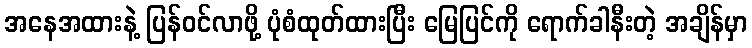
အနေအထားနဲ့ ပြန်ဝင်လာဖို့ ပုံစံထုတ်ထားပြီး မြေပြင်ကို ရောက်ခါနီးတဲ့ အချိန်မှာ